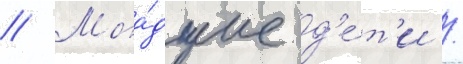
// Мла́дшие д'е́т'и /